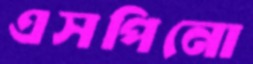
এসপিনো